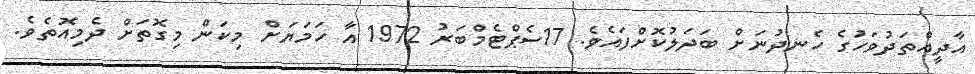
އާދީއްތަދުވަހުގެ ހެނދުނަށް ބަދަލުކޮށްފައެވެ. 17ސެޕްޓެމްބަރު 1972 އާ ހަމަޔަށް މިކަން މިގޮތަށް ދެމިއޮތެވެ.